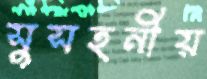
সুসহনীয়